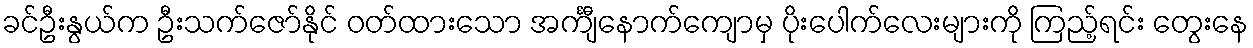
ခင်ဦးနွယ်က ဦးသက်ဇော်နိုင် ဝတ်ထားသော အင်္ကျီနောက်ကျောမှ ပိုးပေါက်လေးများကို ကြည့်ရင်း တွေးနေ